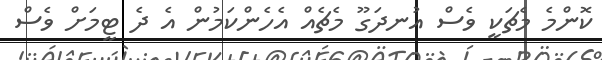
ކޮންމެ މެޗަކީ ވެސް އުނދަގޫ މެޗެއް އެހެންކަމުން އެ ދެ ޓީމަށް ވެސް